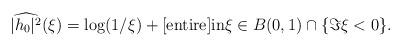
LaTeX: \begin{align*}\widehat{|h_0|^2}(\xi) =\log(1/\xi)+ \textrm {[entire]} \textrm{in}\xi\in B(0,1)\cap \{\Im \xi <0\}.\end{align*}